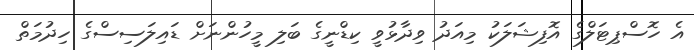
އެ ހޮސްޕިޓަލްގެ އޮފިޝަލަކު މިއަދު ވިދާޅުވީ ކިޑްނީގެ ބަލި މީހުންނަށް ޑައިލަސިސްގެ ހިދުމަތް